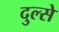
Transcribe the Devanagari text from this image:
दुल्से